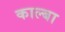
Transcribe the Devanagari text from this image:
काल्बा